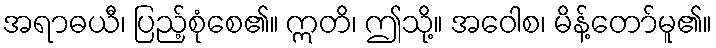
အရာဓယီ၊ ပြည့်စုံစေ၏။ ဣတိ၊ ဤသို့။ အဝေါစ၊ မိန့်တော်မူ၏။